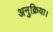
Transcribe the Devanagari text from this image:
अनुक्रिया।